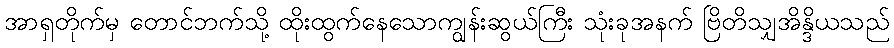
အာရှတိုက်မှ တောင်ဘက်သို့ ထိုးထွက်နေသောကျွန်းဆွယ်ကြီး သုံးခုအနက် ဗြိတိသျှအိန္ဒိယသည်